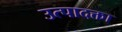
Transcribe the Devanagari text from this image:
उत्पादक्ता